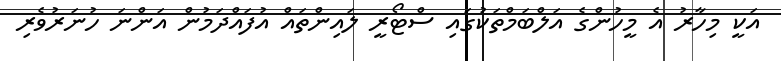
އަކީ މިހާރު އެ މީހުންގެ އަލްބަމްތަކުގައި ސްޓޯރީ ލައިންތައް އުފައްދަމުން އަންނަ ހުނަރުވެރި